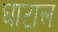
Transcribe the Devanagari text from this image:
घाटाल